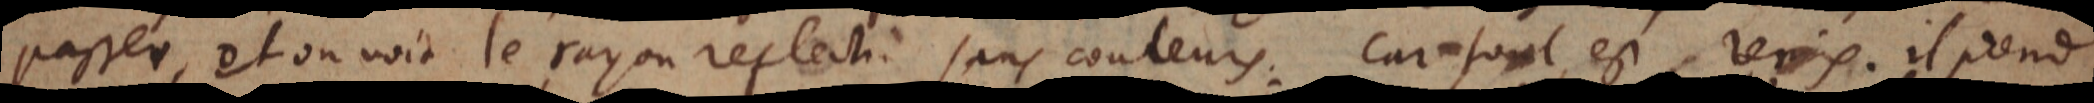
passer, et on voit le rayon reflechi sans couleurs, car tout est remis. Il prend